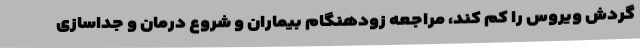
گردش ویروس را کم کند، مراجعه زودهنگام بیماران و شروع درمان و جداسازی